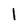
Character: l